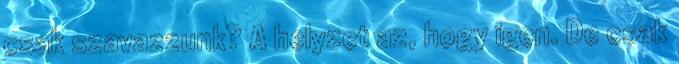
csak szavazzunk? A helyzet az, hogy igen. De csak